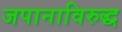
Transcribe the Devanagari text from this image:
जपानाविरुद्ध